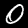
Digit: 0